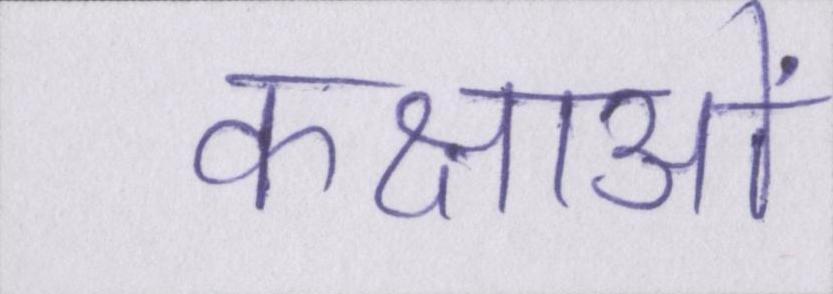
कक्षाओं